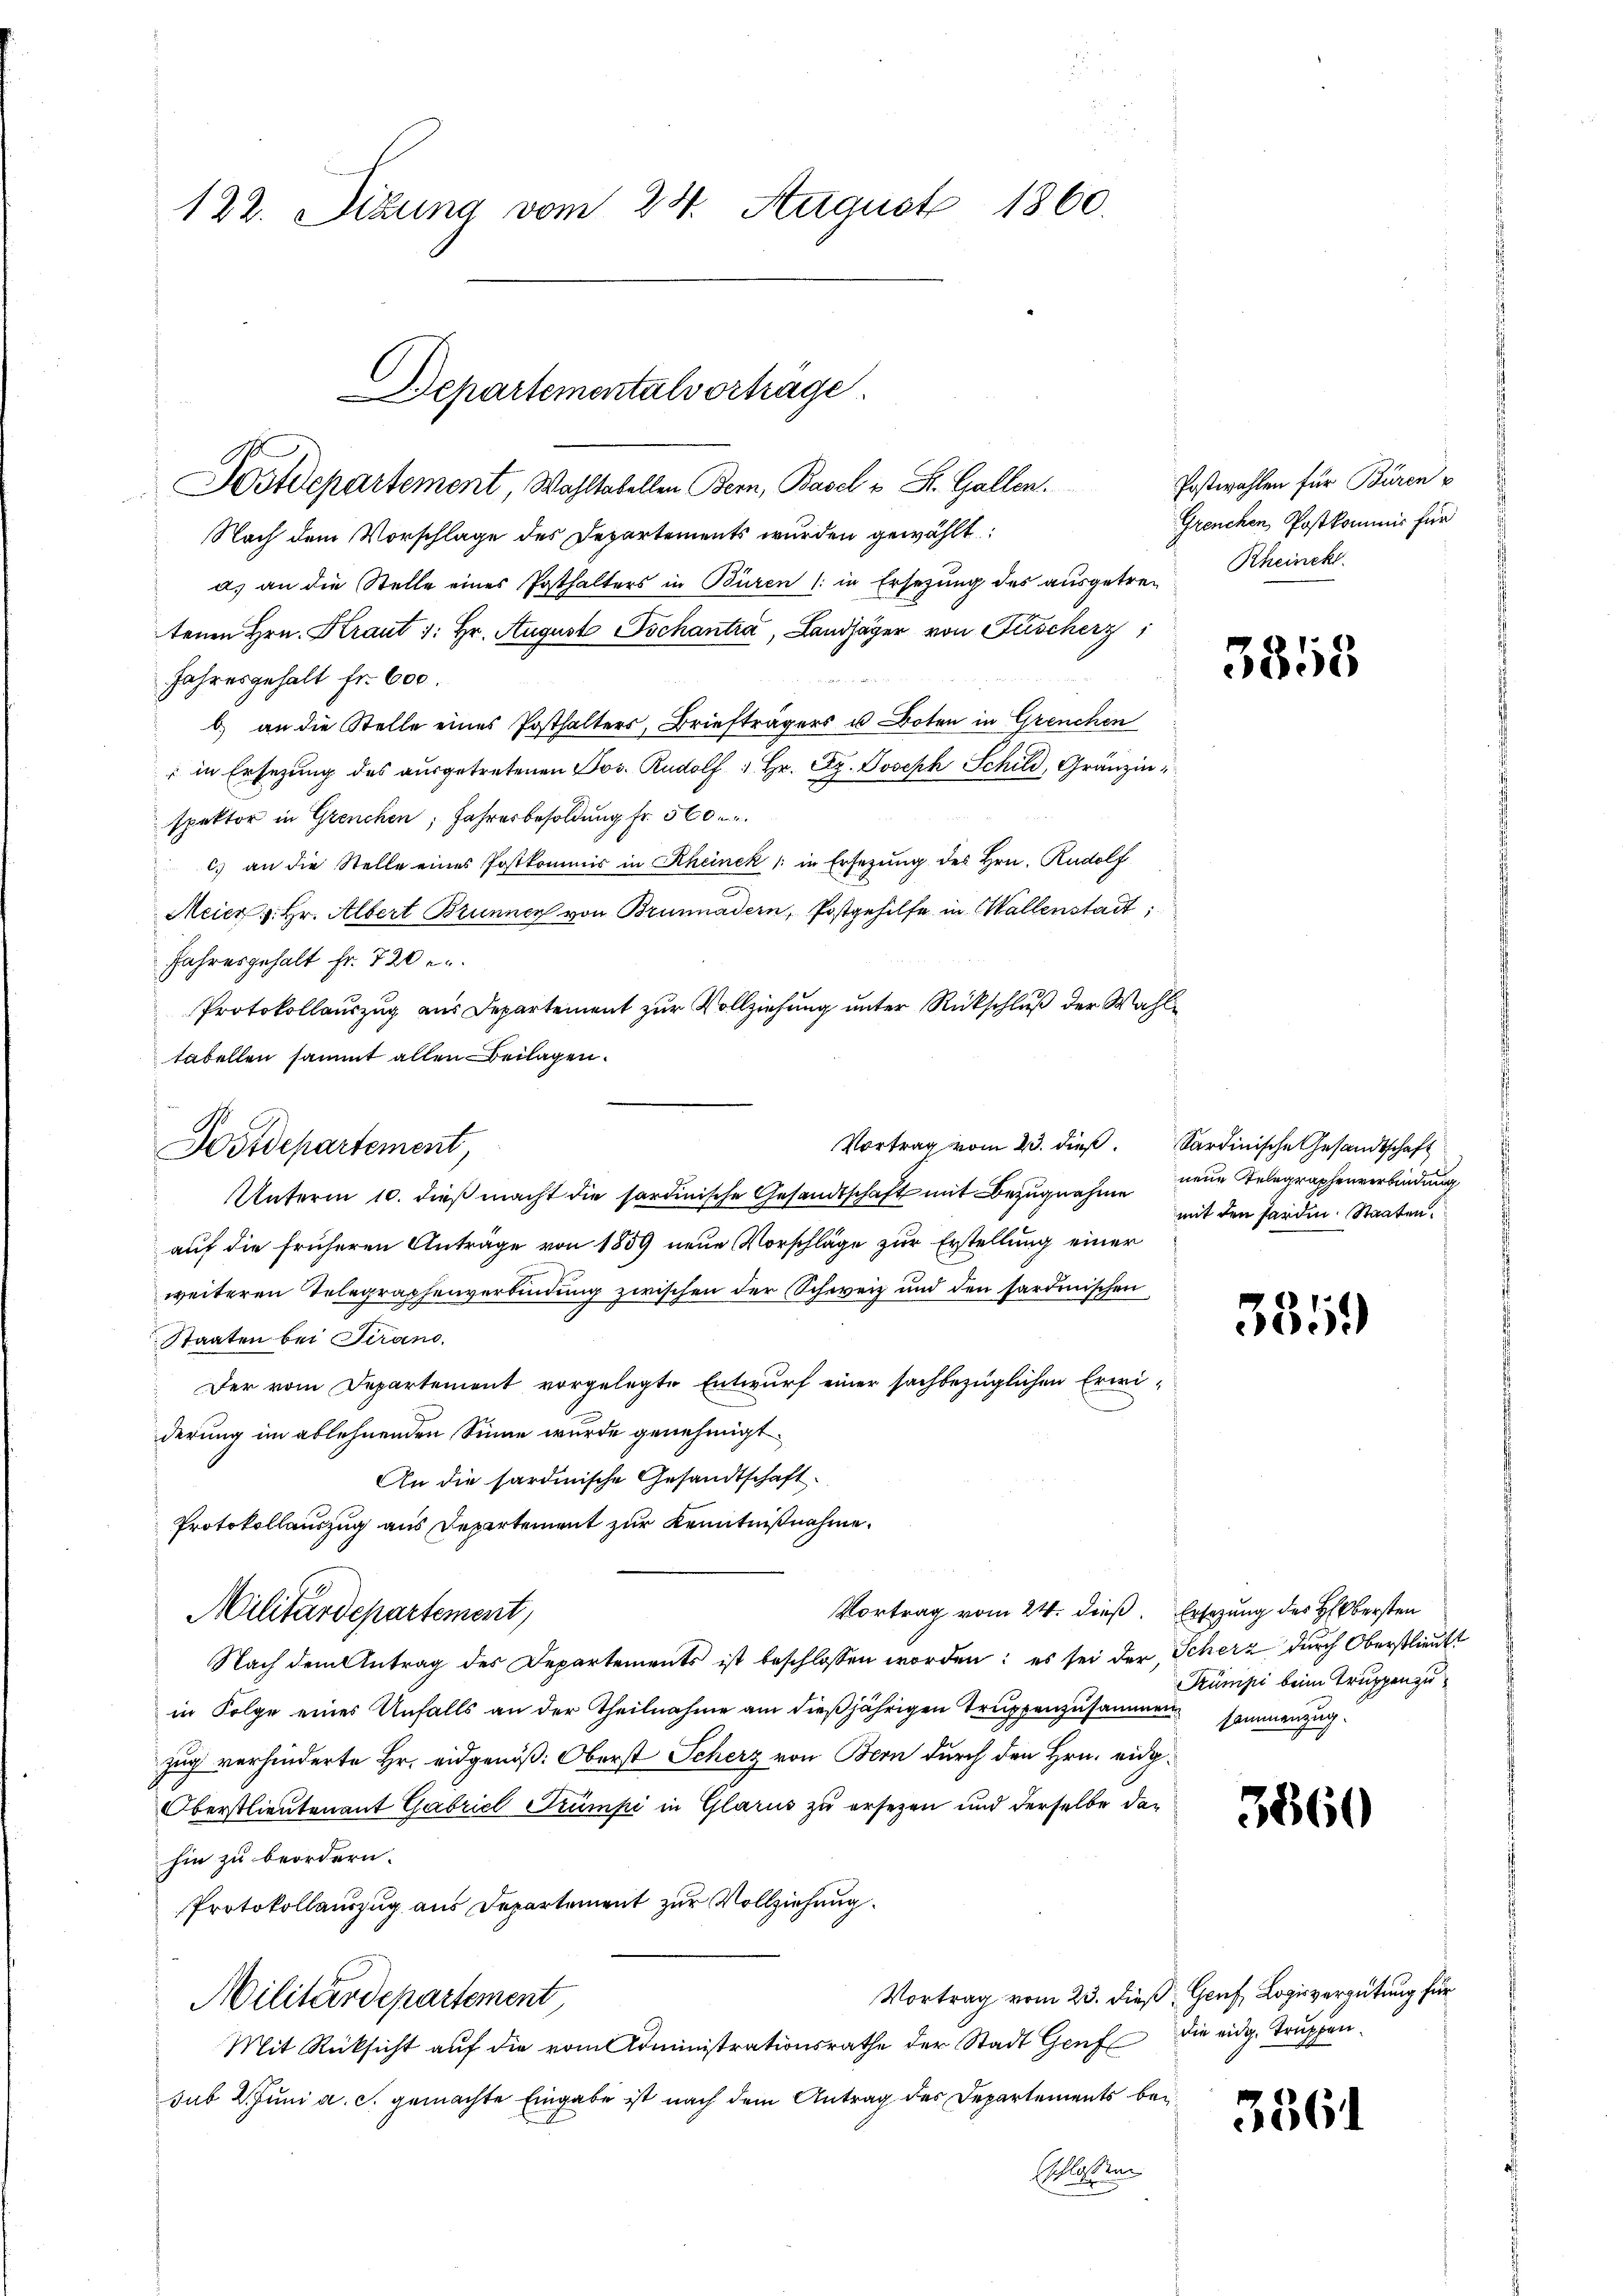
122. Dizung vom 24. August 1860.

Departementalvortrage
Kstdepartement, Wahltabellen Bern, Basel u St. Gallen. Postwahlen für Büren u

Nach dem Vorschlage des Departements wurden gewählt:
a) an die Stelle eines Posthalters in Büren (: in Ersetzung des aŭsgetre- Rheinek
tenen Hrn. Kraut 1: Hr. August Tschantra, Landjäger von Fischerz
Jahresgehalt fr. 600.
b) an die Stelle eines Posthalters, Briefträgers u. Boten in Grenchen
in Ersetzung des ausgetretenen Jos. Rudolf 1. Hr. Dr. Joseph Schild, Gränzinspektor in Grenchen, Jahresbesoldung fr. 560.
c) an die Stelle eines Postkommis in Rheinek (: in Ersetzung des Hrn. Rudolf
Meier v. Hr. Albert Brunnen von Brunnadern, Postgehilfe in Wallenstadt;
Jahresgehalt fr. 720 e
Protokollauszug aus Departement zur Vollziehung unter Rückschluß der Wahltabellen sammt allen Beilagen.
Vortrag vom 23. dieß. Sardinische Gesandtschaft
UUnterm 10. dieß macht die sordinische Gesandtschaft mit Bezugnahme
auf die früheren Anträge von 1859 neue Vorschläge zur Erstellung einer
weiteren Telegraphenverbindung zwischen der Schweiz und den sardinischen
Staaten bei Strano,
Der vom Departement vorgelegte Entwurf einer sachbezüglichen Erweiderung im ablehnenden Sinne wurde genehmigt.
An die sardinische Gesandtschaft.
Protokollauszug aus Departement zur Kenntnißnahme.
Vortrag vom 24. dieß.
Militärdepartement,
Nach dem Antrag des Departements ist beschlossen worden: es sei der Scherz durch Oberstlieutt
in Folge eines Unfalls an der Theilnahme am dießjährigen Truppenzusammen sammenzugzug verhinderte Hr. eidgenöß: Oberst Scherz von Bern durch den Hrn. eidg¬
Oberstlieutenant Gabriel Trumpi in Glarus zu ersezen und derselbe dan
hin zu beordern.
Protokollauszug aus Departement zur Vollziehung.
Vortrag vom 23. dieß Genf, Loisvergütung für
Militärdepartement
Mit Rücksicht auf die vom Administrationsrathe der Stadt Genf die eidg. Truppensub 2. Juni a. c. gemachte Eingabe ist nach dem Antrag des Departements bei
sschlossen

Postdepartement,

Grenchen Postkommis für

3358

nene Telegraphenverbindung
mit den Forden. Staaten.

3859

Ersatzung des Obersten
Trümpi beim Truppen zu¬

3860

3561